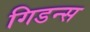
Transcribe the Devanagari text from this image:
गिडन्स